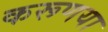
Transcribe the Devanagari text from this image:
करूणया